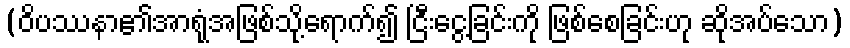
(ဝိပဿနာ၏အာရုံအဖြစ်သို့ရောက်၍ ငြီးငွေ့ခြင်းကို ဖြစ်စေခြင်းဟု ဆိုအပ်သော)